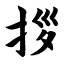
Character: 拶